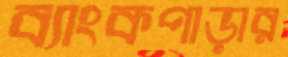
ব্যাংকপাড়ার